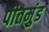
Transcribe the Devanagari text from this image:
पीतमुंड